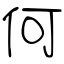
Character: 何